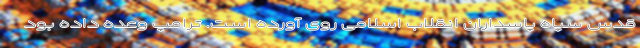
قدس سپاه پاسداران انقلاب اسلامی روی آورده است. ترامپ وعده داده بود